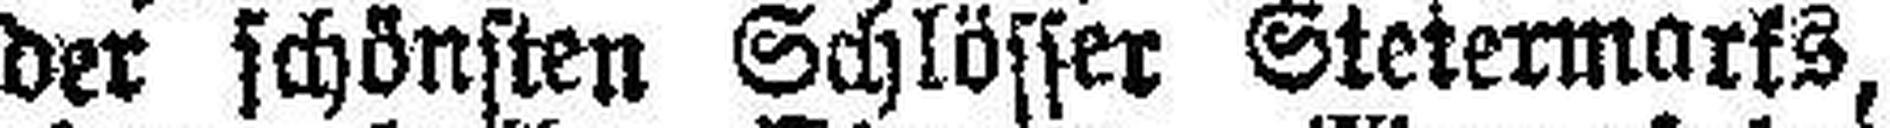
der schönsten Schlösser Steiermarks,